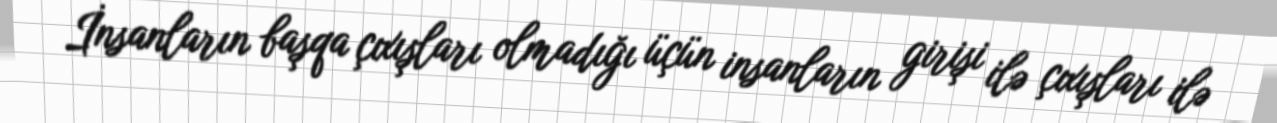
İnsanların başqa çıxışları olmadığı üçün insanların girişi ilə çıxışları ilə